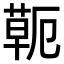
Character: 𦷖